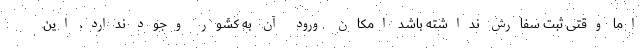
اما وقتی ثبت سفارش نداشته باشد امکان ورود آن به کشور وجود ندارد. این